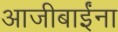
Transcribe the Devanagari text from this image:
आजीबाईंना